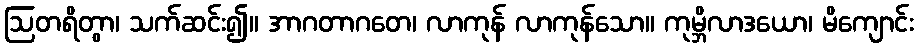
ဩတရိတွာ၊ သက်ဆင်း၍။ အာဂတာဂတေ၊ လာကုန် လာကုန်သော။ ကုမ္ဘိလာဒယော၊ မိကျောင်း